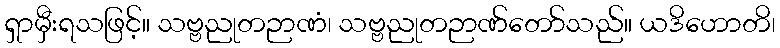
ရှာမှီးရသဖြင့်။ သဗ္ဗညုတဉာဏံ၊ သဗ္ဗညုတဉာဏ်တော်သည်။ ယဒိဟောတိ၊